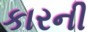
કારની